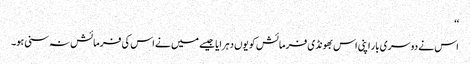
‘‘
اس نے دوسری بار اپنی اس بھونڈی فرمائش کو یوں دہرایا جیسے میں نے اس کی فرمائش نہ سنی ہو۔